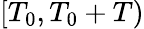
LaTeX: [T_{0},T_{0}+T)